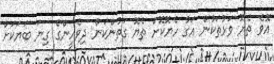
އޮވެ ތެޔޮ ވަޅުތަކުން އަގު ހެޔޮކޮށް ތެޔޮ ގަތުންކަން ދިވެހީންގެ ގިނަ ބަޔަކަށް